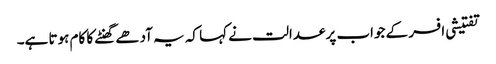
تفتیشی افسر کے جواب پر عدالت نے کہا کہ یہ آدھے گھنٹے کا کام ہوتا ہے۔